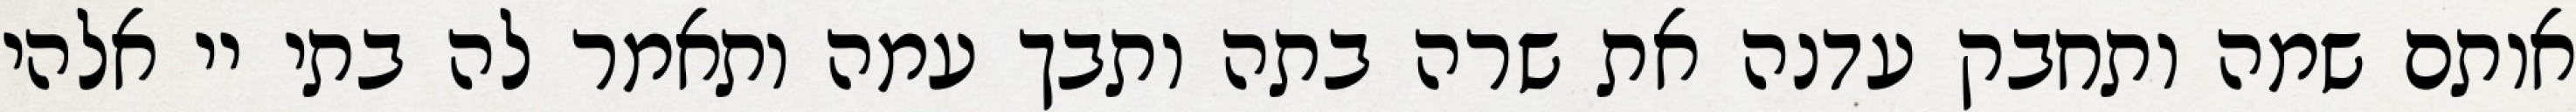
אותם שמה ותחבק עדנה את שרה בתה ותבך עמה ותאמר לה בתי יי אלהי